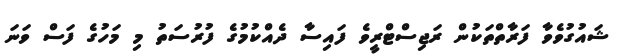
ޝައުގުވެވާ ފަރާތްތަކުން ރަޖިސްޓްރީވެ ފައިސާ ދެއްކުމުގެ ފުރުސަތު މި މަހުގެ ފަސް ވަނަ